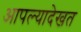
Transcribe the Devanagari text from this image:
आपल्यादेखत